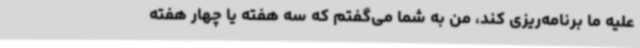
علیه ما برنامه‌ریزی کند، من به شما می‌گفتم که سه هفته یا چهار هفته